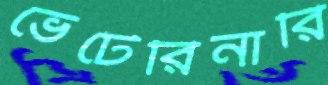
ভেটেরিনার্রি